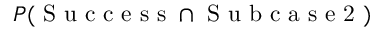
P ( \mathrm { ~ S ~ u ~ c ~ c ~ e ~ s ~ s ~ } \cap \mathrm { ~ S ~ u ~ b ~ c ~ a ~ s ~ e ~ 2 ~ } )